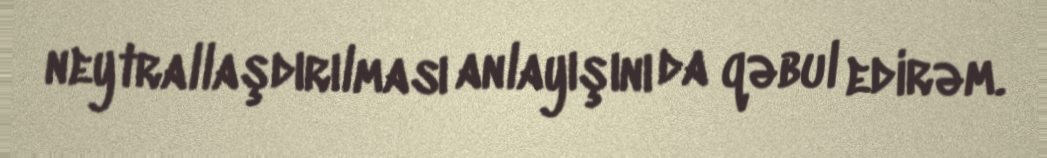
neytrallaşdırılması anlayışını da qəbul edirəm.